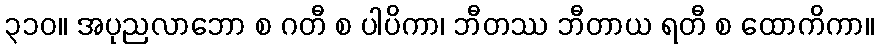
၃၁၀။ အပုညလာဘော စ ဂတီ စ ပါပိကာ၊ ဘီတဿ ဘီတာယ ရတီ စ ထောကိကာ။